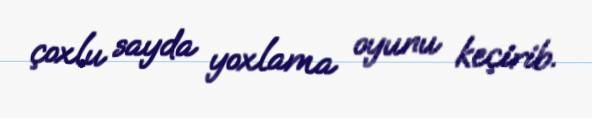
çoxlu sayda yoxlama oyunu keçirib.